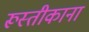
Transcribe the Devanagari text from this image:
रूस्तीकाना